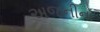
અજનીનો